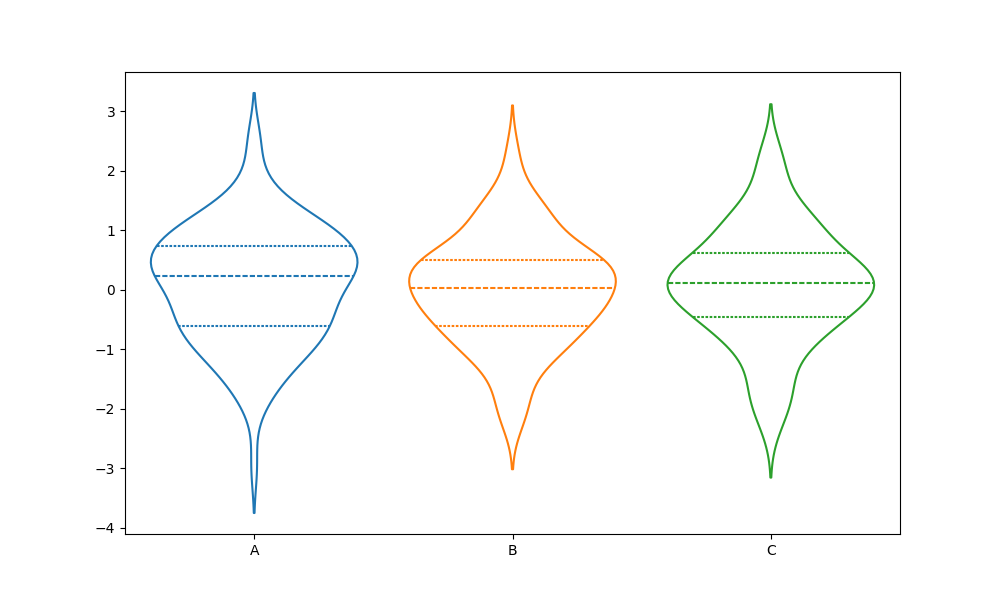
python, seaborn, violinplot, scale='width', split='False', inner='quart', fill='False'